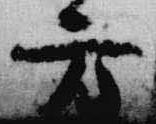
方